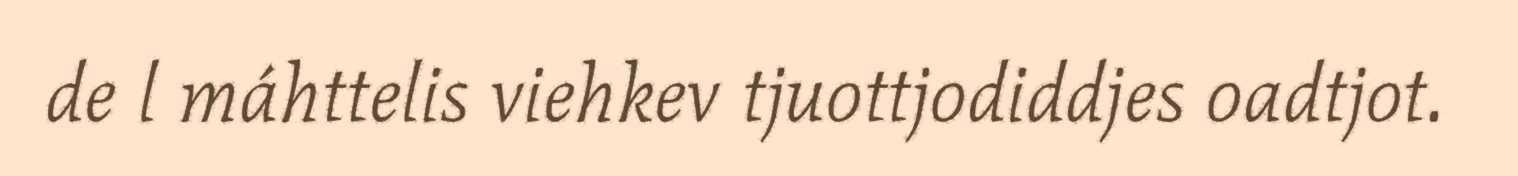
de l máhttelis viehkev tjuottjodiddjes oadtjot.